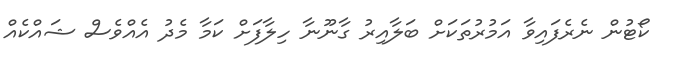
ކޯޓުން ނެރެފައިވާ އަމުރުތަކަށް ބަލާއިރު ގާނޫނާ ހިލާފަށް ކަމާ މެދު އެއްވެސް ޝައްކެއް